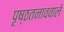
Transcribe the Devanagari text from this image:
पृष्ठतनाववाले